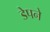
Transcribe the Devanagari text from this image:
डेपने